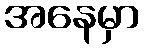
အနေမှာ